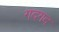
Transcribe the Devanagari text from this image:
गदगद